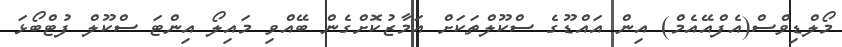
މޯލްޑިވްސް(އެފްއޭއެމް) އިން އައްޑޫގެ ސްކޫލްތަކަށް އަމާޒުކޮށްގެން ބޭއްވި މައިލޯ އިންޓަ ސްކޫލް ފުޓްބޯޅަ